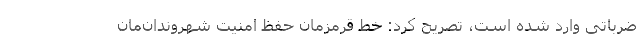
ضرباتی وارد شده است، تصریح کرد: خط قرمزمان حفظ امنیت شهروندان‌مان